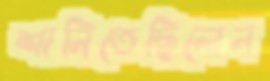
শানিতেছিলেন